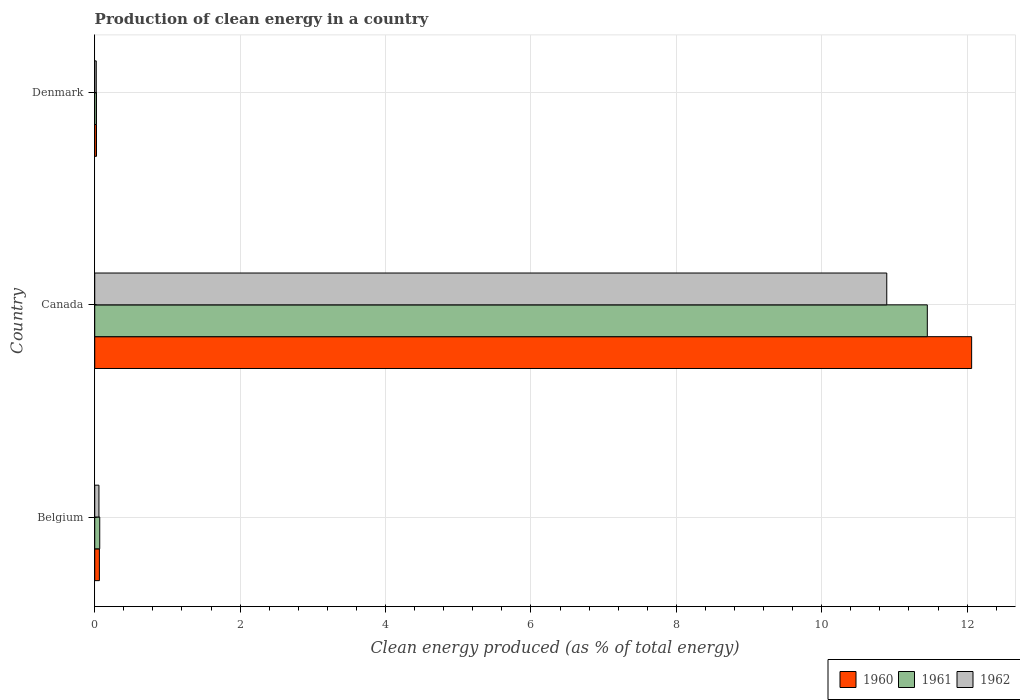
| Country | 1960 | 1961 | 1962 |
 | --- | --- | --- | --- |
 | Belgium | 0.0641 | 0.0688 | 0.0581 |
 | Canada | 12.1 | 11.5 | 10.9 |
 | Denmark | 0.0244 | 0.024 | 0.021 |